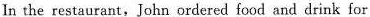
In the restaurant， John ordered food and drink for